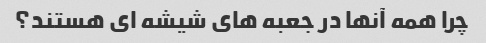
چرا همه آنها در جعبه های شیشه ای هستند؟